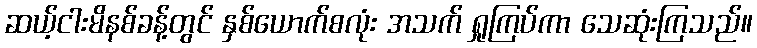
ဆယ့်ငါးမိနစ်ခန့်တွင် နှစ်ယောက်စလုံး အသက် ရှုကြပ်ကာ သေဆုံးကြသည်။